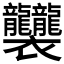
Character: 𧟟